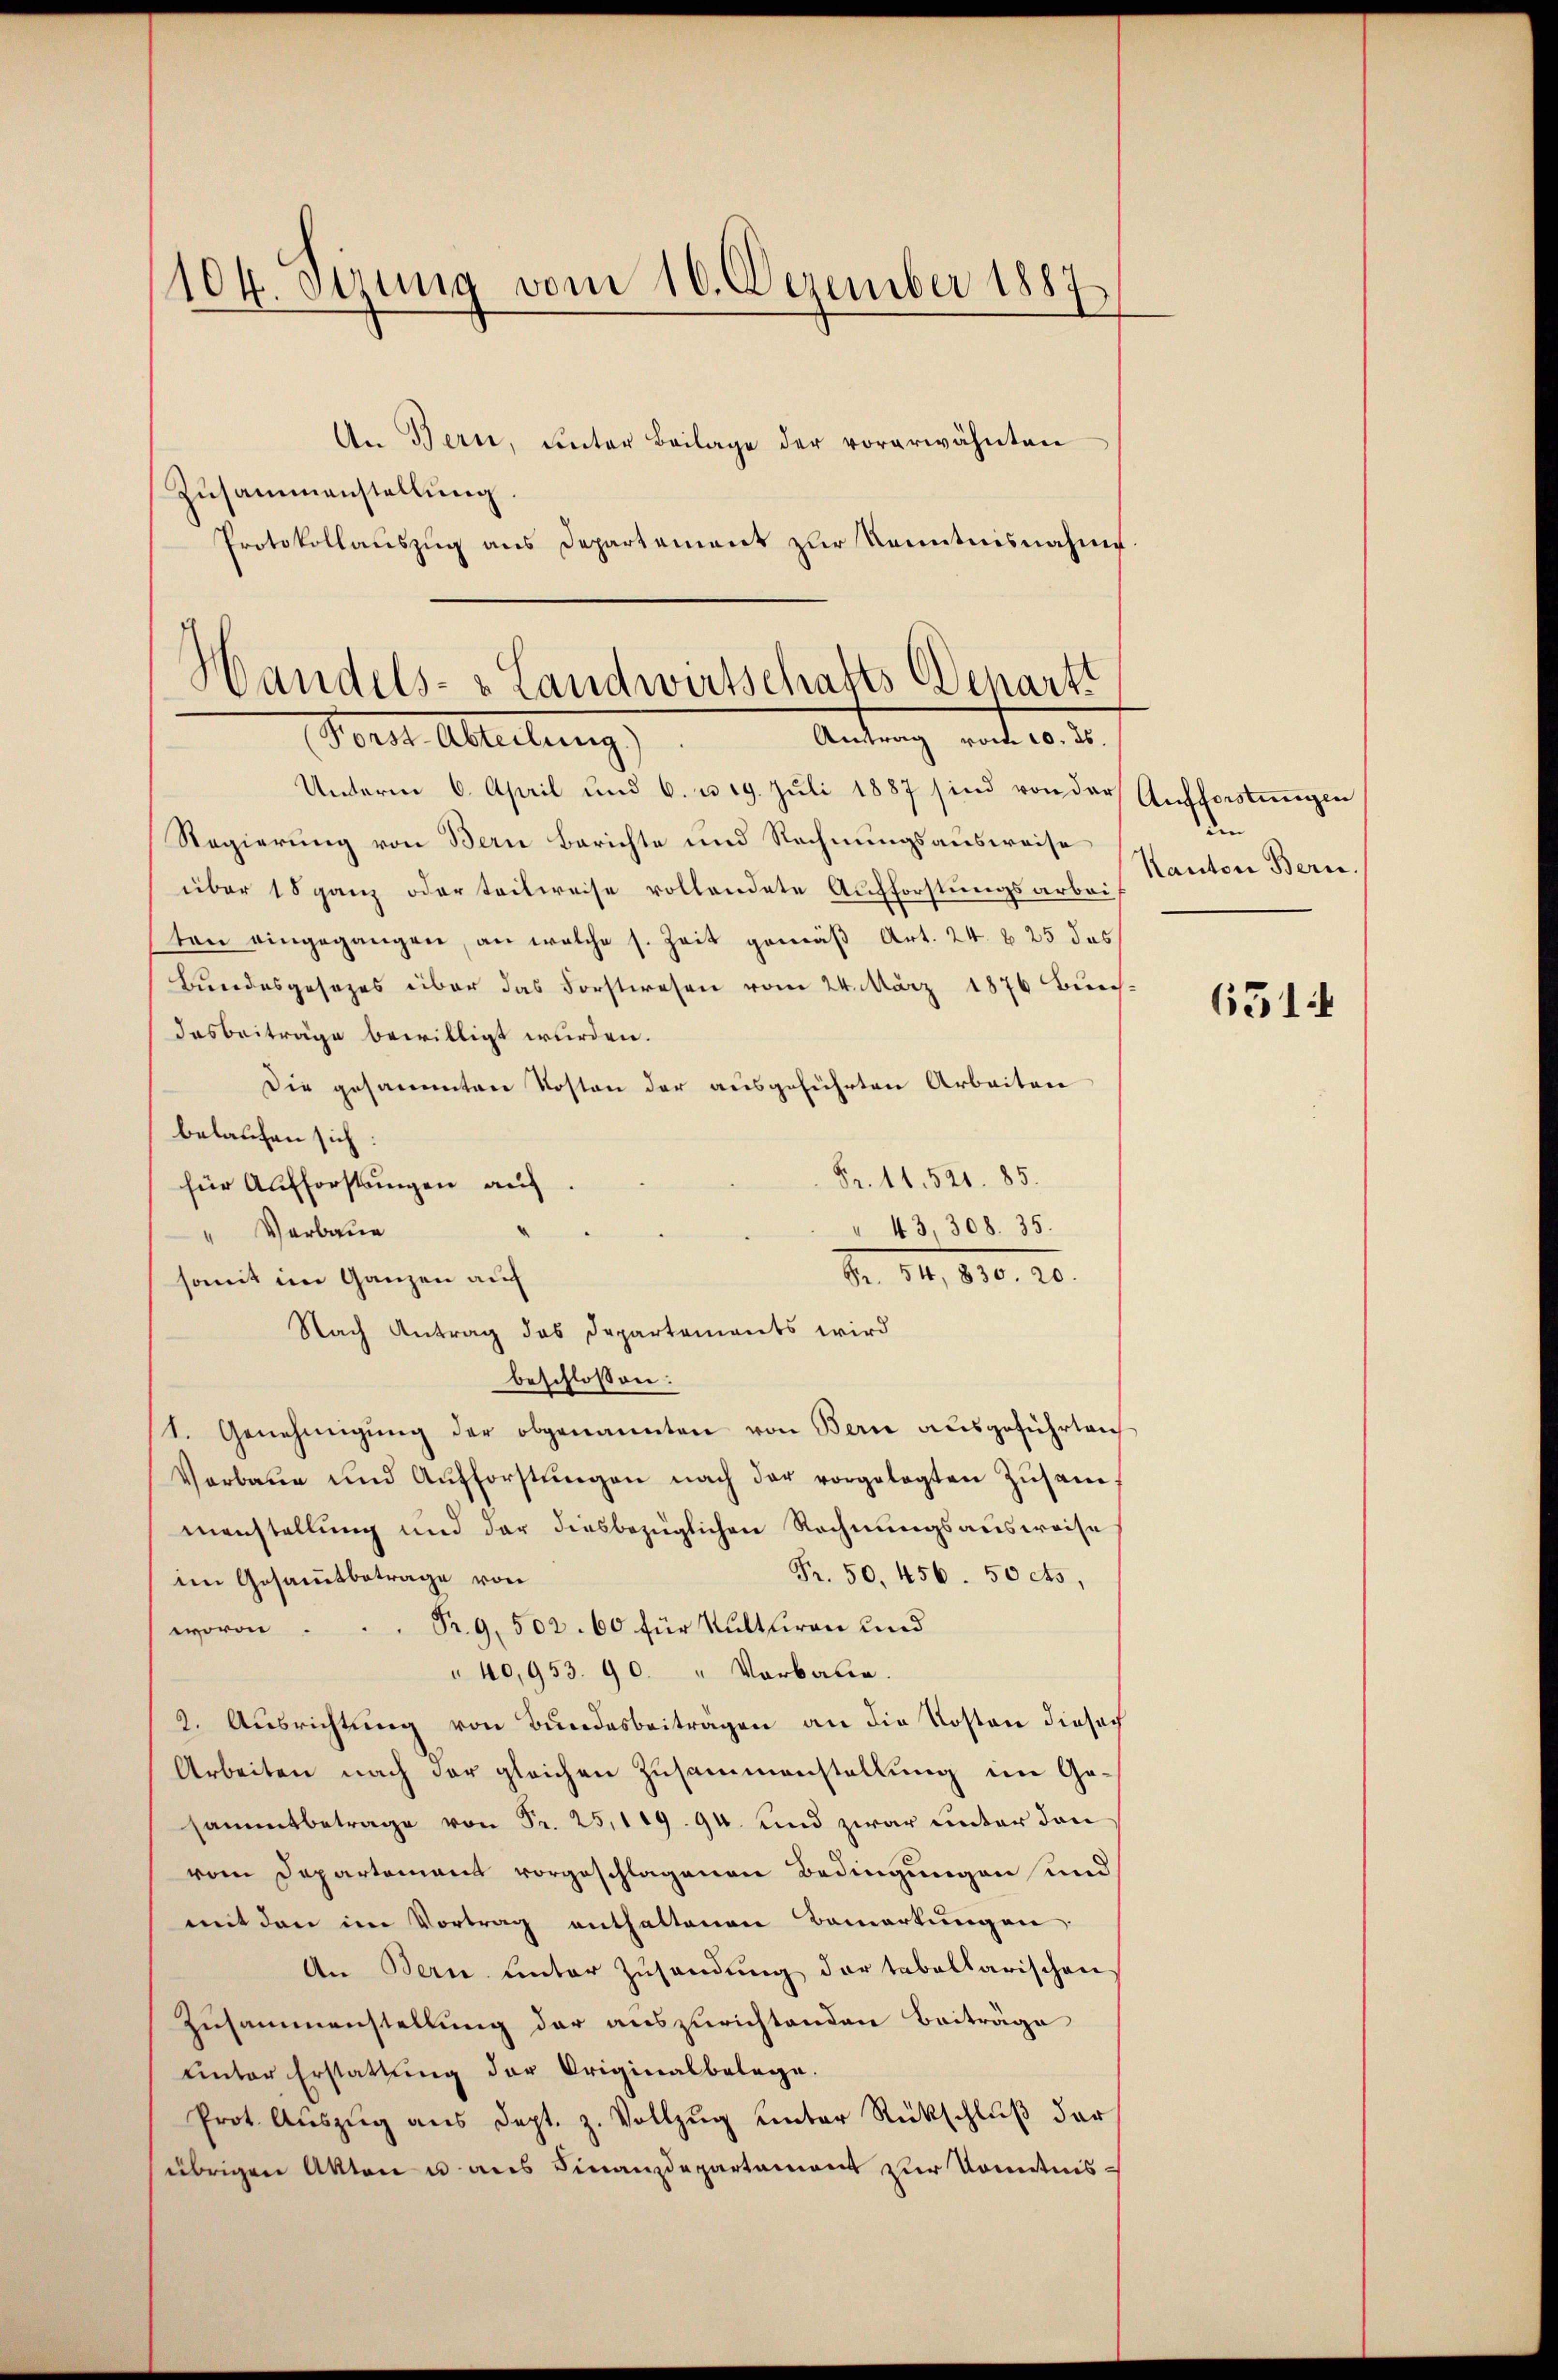
104. Stung vom 10. Dezember 1887

An Bern, ŭnter Beilage der vorerwähnten
Zusammenstellung.
Protokollauszug aus Departement zur Kenntnisnahme

Handels- & Landwirtschafts-Denartt
Antrag vom 10. ds.
Verst Ableitung

Unterm 6. April und 6. u. 19. Juli 1887 sind von der
Regierung von Bern Berichte und Rechnungsausweise
über 18 ganz oder teilweise vollendete Aufforstungsarbeiten eingegangen, an welche s. Zeit gemäß Art. 24. b. 25 das
Bundesgesezes über das Forstwesen vom 24. März 1876 Bürch-
dasbeiträge bewilligt wurden.
Die gesammten Kosten der ausgeführten Arbeiten
belaufen sich:
Fr. 11. 521. 85.
für Aufforstungen auf
" 43, 308. 35.
" Verbaue
Nr. 12. 810. 20.
somit im Ganzen auf
Nach Antrag das Departements wird
beschlossen:
1. Genehmigŭng der obgenannten von Bern aŭsgeführten
Verbaŭe und Aŭfforstŭngen nach der vorgelegten Zŭsam
eanstellung und der diesbezüglichen Rechnungsausweise
Fr. 50. 456. 50 cts,
im Gesammtbetrage von
Pr. 9. 502. 60 für Kultiren und
woroi
40,953. 90. " Verbaue.
2. Ausrichtung von Bundesbeiträgen an die Kosten dieser
Arbeiten nach der gleichen Zusammenstellung im Gesammtbetrage von Fr. 25, 119. 94. und zwar unter den
vom Departement vorgeschlagenen Bedingungen und
mit den im Vortrag enthaltenen Bemerkungen
An Bern unter Zusendung der tabellarischen
Zusammenstellung der auszurichtenden Beiträge
uinter Erstattung der Originalbelage.
Prot. Aŭszŭg aŭs Sept. z. Vollzug unter Rückschluß der
übrigen Akten u aus Finanzdepartement zur Kenntnis¬

Aufforstungen
m
Kanton Bern

651